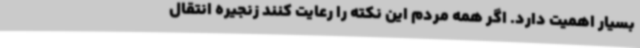
بسیار اهمیت دارد. اگر همه مردم این نکته را رعایت کنند زنجیره انتقال